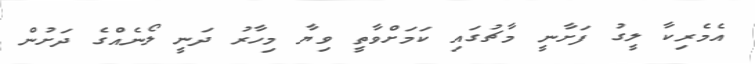
އެމެރިކާ ލީގު ފަށާނީ މާޗުގައި ކަމަށްވާތީ ވިޔާ މިހާރު ދަނީ ލޯނެއްގެ ދަށުން